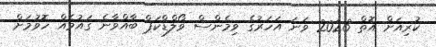
ކުރިއަށް އޮތް 2023 ވަނަ އަހަރުގެ ވިމެންސް ވޯލްޑްކަޕް ބާއްވާނެ ގައުމެއް ހޮވުމަށް